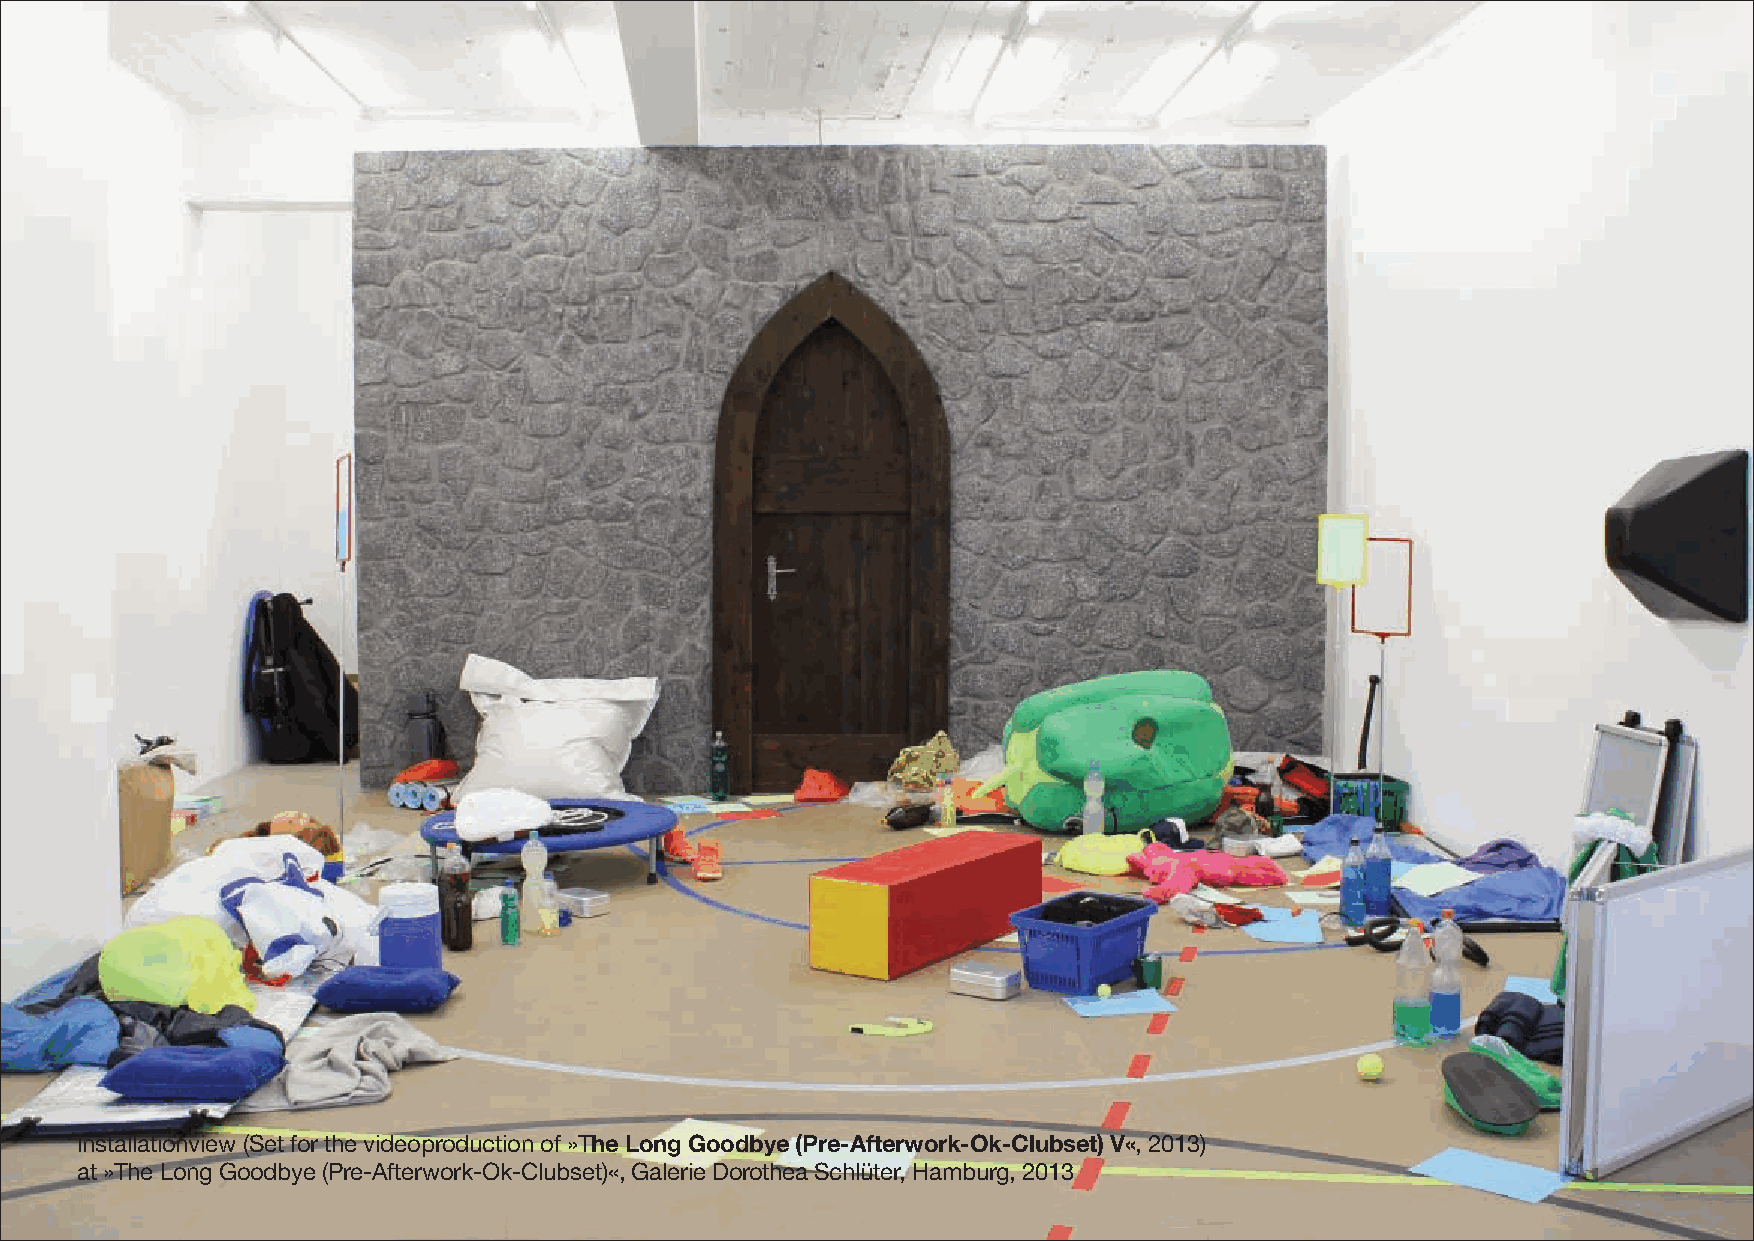
Installationview (Set for the videoproduction of »The Long Goodbye (Pre-Afterwork-Ok-Clubset) V«, 2013)
 at »The Long Goodbye (Pre-Afterwork-Ok-Clubset)«, Galerie Dorothea Schlüter, Hamburg, 2013